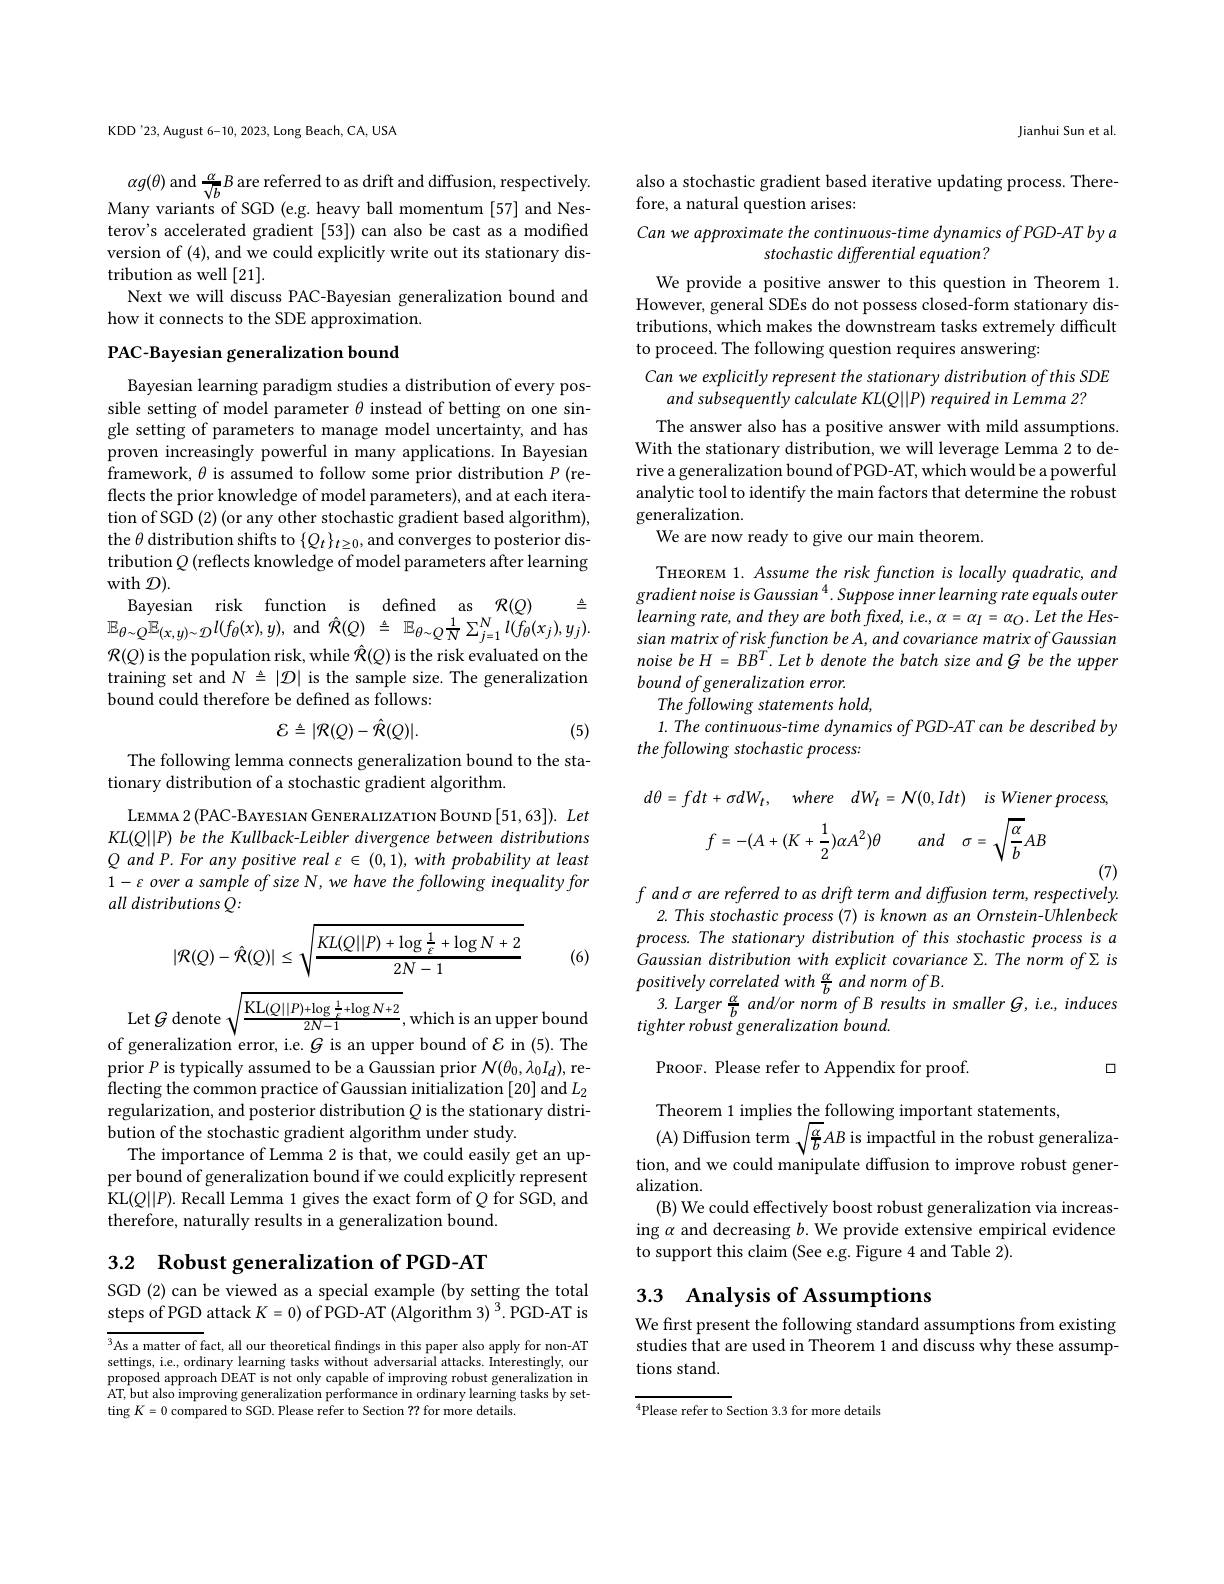
KDD'23, August 6-10, 2023, Long Beach, CA, USA

$\alpha g(\theta)$ and $\frac\alpha{\sqrt{b}}B$ are referred to as drift and diffusion, respectively. Many variants of SGD (e.g. heavy ball momentum [57] and Nesterov's accelerated gradient [53]) can also be cast as a modified version of (4), and we could explicitly write out its stationary distribution as well [21].
Next we will discuss PAC-Bayesian generalization bound and
how it connects to the SDE approximation.

PAC-Bayesian generalization bound

Bayesian learning paradigm studies a distribution of every possible setting of model parameter $\theta$ instead of betting on one single setting of parameters to manage model uncertainty, and has proven increasingly powerful in many applications.In Bayesian framework, $\theta$ is assumed to follow some prior distribution $P$ (reflects the prior knowledge of model parameters), and at each iteration of SGD (2) (or any other stochastic gradient based algorithm), the $\theta$ distribution shifts to $\{Q_t\}_{t\geq0}$,and converges to posterior distribution $Q$ (reflects knowledge of model parameters after learning with $\mathcal{D}).$
$\triangleq$
Bayesian risk function is defined as $\mathcal{R}(Q)$
$\mathbb{E}_{\theta\sim Q}\mathbb{E}_{(x,y)\sim\mathcal{D}}l(f_{\theta}(x),y)$, and$\hat{\mathcal R}(Q)\triangleq\mathbb{E}_{\theta\sim Q}\frac1N\sum_{j=1}^{N}l(f_{\theta}(x_{j}),y_{j}).$ $\mathcal{R}(Q)$ is the population risk, while $\hat{\mathcal{R}}(Q)$ is the risk evaluated on the training set and $N\triangleq|\mathcal{D}|$ is the sample size. The generalization

bound could therefore be defined as follows:
$$\mathcal{E}\triangleq|\mathcal{R}(Q)-\hat{\mathcal{R}}(Q)|.$$
(5)

The following lemma connects generalization bound to the sta-
tionary distribution of a stochastic gradient algorithm.

LEMMA 2 (PAC-BAYESIAN GENERALIZATION BOUND [51,63]). Let $KL(Q||P)$ be the Kullback-Leibler divergence between distributions $Q$ and P. For any positive real ε € (0,1), with probability at least $1-\varepsilon$ over a sample of size N, we have the following inequality for $all\textit{distributions Q: }$

(6)
$$|\mathcal{R}(Q)-\hat{\mathcal{R}}(Q)|\leq\sqrt{\frac{KL(Q||P)+\log\frac{1}{\varepsilon}+\log N+2}{2N-1}}$$
$\operatorname{Let}G$

bound
of generalization error, i.e. $G$ is an upper bound of $\mathcal{E}$ in (5).The prior $P$ is typically assumed to be a Gaussian prior $\mathcal{N}(\theta_0,\lambda_0I_d)$, reflecting the common practice of Gaussian initialization [20] and $L_2$ regularization, and posterior distribution $Q$ is the stationary distribution of the stochastic gradient algorithm under study.
The importance of Lemma 2 is that, we could easily get an upper bound of generalization bound if we could explicitly represent KL$(Q||P).$ Recall Lemma 1 gives the exact form of $Q$ for SGD, and therefore, naturally results in a generalization bound.

3.2 $\textbf{Robust generalization of PGD- AT}$

SGD (2) can be viewed as a special example (by setting the total steps of PGD attack $K=0)$ of PGD-AT (Algorithm 3) 3. PGD-AT is

${^3\text{As a matter of fact, all our theoretical findings in this paper also apply for non-AT}}$ settings, i.e., ordinary learning tasks without adversarial attacks. Interestingly, our proposed approach DEAT is not only capable of improving robust generalization in AT, but also improving generalization performance in ordinary learning tasks by set- $\operatorname{ting}K=0$ compared to SGD. Please refer to Section ?? for more details.

Jianhui Sun et al.

## also a stochastic gradient based iterative updating process. Therefore, a natural question arises:

Can we approximate the continuous-time dynamics of PGD-AT by a
stochastic differential equation?

We provide a positive answer to this question in Theorem 1. However, general SDEs do not possess closed-form stationary distributions, which makes the downstream tasks extremely difficult to proceed. The following question requires answering:
Can we explicitly represent the stationary distribution of this SDE
and subsequently calculate KL(Q||P) required in Lemma 2?
The answer also has a positive answer with mild assumptions. With the stationary distribution, we will leverage Lemma 2 to derive a generalization bound of PGD-AT, which would be a powerful analytic tool to identify the main factors that determine the robust generalization.
We are now ready to give our main theorem.

THEOREM 1. Assume the risk function is locally quadratic, and gradient noise is Gaussian $^4.$ Suppose inner learning rate equals outer $learningrate,andtheyarebothfxed,i.e.,\alpha=\alpha_{I}=\alpha_{O}.LettheHes-$ sian matrix of risk function be A, and covariance matrix of Gaussian noise be H = BBT. Let b denote the batch size and G be the upper bound of generalization error.
The following statements hold,
1. The continuous- time dynamics of PGD- AT can be described by
the following stochastic process:
$$\theta=fdt\:+\:\sigma dW_{t},\quad where\quad dW_{t}\:=\:\mathcal{N}(0,Idt)\quad is\:Wiener\:proc\\f=-(A+(K+\frac{1}{2})\alpha A^{2})\theta\quad and\quad\sigma=\sqrt{\frac{\alpha}{b}}AB$$
(7)
$fand\sigma are\textit{ referred to as drift term and diffusion term, respectively. }$

2. This stochastic process (7) is known as an Ornstein-Uhlenbeck process. The stationary distribution of this stochastic process is a Gaussian distribution with explicit covariance Σ.The norm ofΣis $positively\textit{correlated with }\frac \alpha b\textit{ and norm of B}.$
$3.Larger\frac{\alpha}{b}$ and/or norm of B results in smaller G, i.e., induces
tighter robust generalization bound.

PROOF. Please refer to Appendix for proof.

口

Theorem 1 implies the following important statements,
(A) Diffusion term $\sqrt{\frac\alpha b}AB$ is impactful in the robust generalization, and we could manipulate diffusion to improve robust generalization.
(B) We could effectively boost robust generalization via increasing $\alpha$ and decreasing $b.$ We provide extensive empirical evidence to support this claim (See e.g. Figure 4 and Table 2).

# 3.3 Analysis of Assumptions

We first present the following standard assumptions from existing studies that are used in Theorem 1 and discuss why these assumptions stand.

$^4$Please refer to Section 3.3 for more details